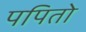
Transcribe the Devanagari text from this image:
पपितो